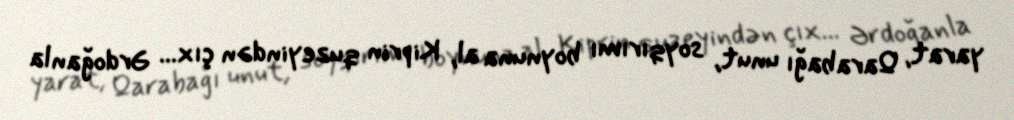
yarat, Qarabağı unut, soyqırımı boynuna al, Kiprin quzeyindən çıx... Ərdoğanla